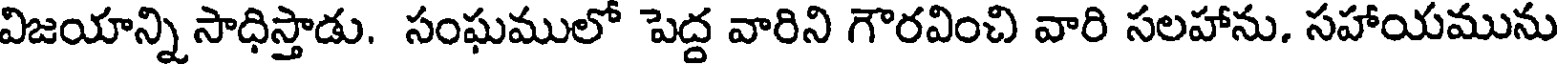
విజయాన్ని సాధిస్తాడు. సంఘములో పెద్ద వారిని గౌరవించి వారి సలహాను. సహాయమును